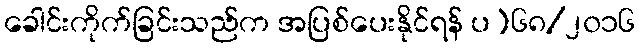
ခေါင်းကိုက်ခြင်းသည်က အပြစ်ပေးနိုင်ရန် ပ)၆၈/၂၀၁၆